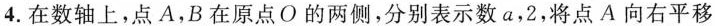
4.在数轴上，点A，B在原点O的两侧，分别表示数a，2，将点A向右平移